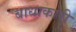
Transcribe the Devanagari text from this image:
बाधाकारी